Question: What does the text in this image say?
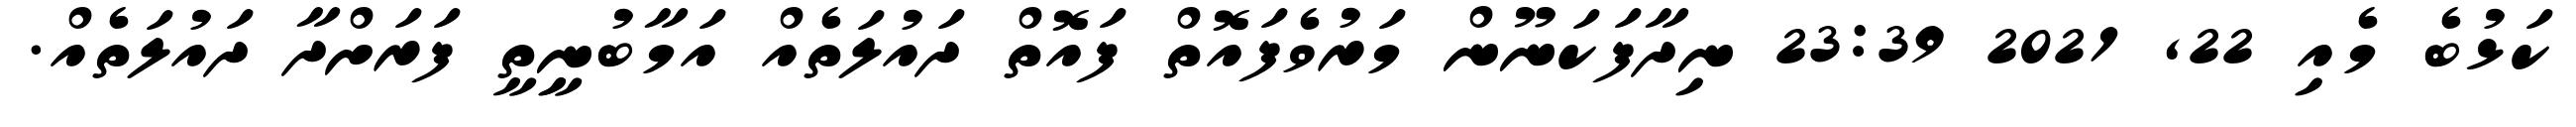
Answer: ކަޅުބެ މެއި 22, 2021 23:39 ނިދާފަކަނޫން މަރުވެފައޮތް ފައޮތް ދައުލަތެއް އަމާބުނީިތީ ފަރަށްދާ ދައުލަތެއް.